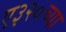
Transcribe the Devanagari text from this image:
ए३२०च्या